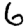
Digit: 6